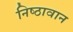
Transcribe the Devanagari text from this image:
निष्‍ठावान